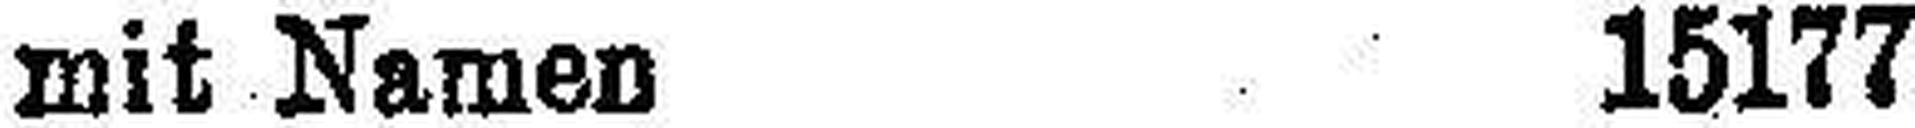
mit Namen 15177